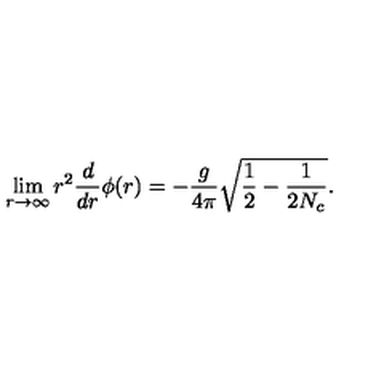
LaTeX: \lim _ { r \to \infty } r ^ { 2 } \frac { d } { d r } \phi ( r ) = - \frac { g } { 4 \pi } \sqrt { \frac { 1 } { 2 } - \frac { 1 } { 2 N _ { c } } } .